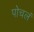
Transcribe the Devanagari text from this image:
पोचलं